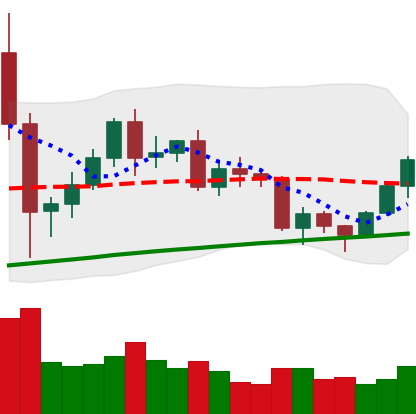
Ticker: BNB-USD
Chart end date: 2020-12-14
Forward return: 10.878%
Label: up_7plus